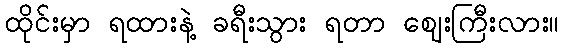
ထိုင်းမှာ ရထားနဲ့ ခရီးသွား ရတာ ဈေးကြီးလား။